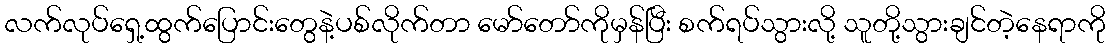
လက်လုပ်ရှေ့ထွက်ပြောင်းတွေနဲ့ပစ်လိုက်တာ မော်တော်ကိုမှန်ပြီး စက်ရပ်သွားလို့ သူတို့သွားချင်တဲ့နေရာကို